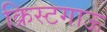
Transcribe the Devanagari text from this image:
क्रिस्टगाऊ